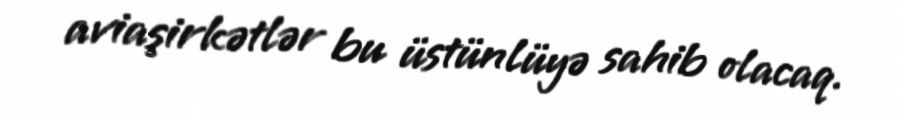
aviaşirkətlər bu üstünlüyə sahib olacaq.